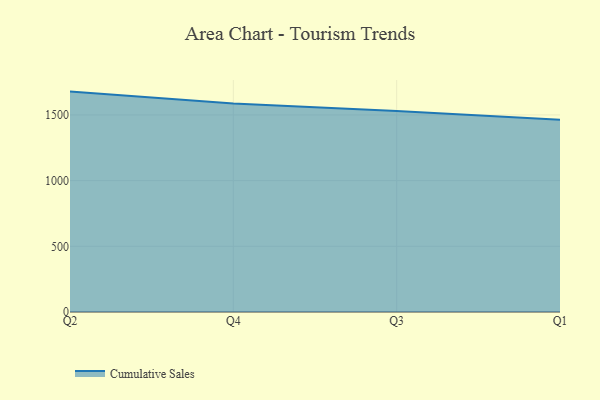
{"axis": {"x": "Quarter", "y": "Budget (USD K)"}, "legend": ["Cumulative Sales"], "data": [{"x": "Q2", "y": 1677.5, "type": "Cumulative Sales"}, {"x": "Q4", "y": 1587.5, "type": "Cumulative Sales"}, {"x": "Q3", "y": 1529.0, "type": "Cumulative Sales"}, {"x": "Q1", "y": 1463.4, "type": "Cumulative Sales"}]}